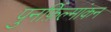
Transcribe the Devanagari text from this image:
पुनर्फ़िल्मांकन